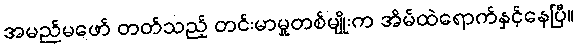
အမည်မဖော် တတ်သည့် တင်းမာမှုတစ်မျိုးက အိမ်ထဲရောက်နှင့်နေပြီ။